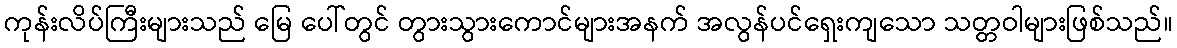
ကုန်းလိပ်ကြီးများသည် မြေ ပေါ်တွင် တွားသွားကောင်များအနက် အလွန်ပင်ရှေးကျသော သတ္တဝါများဖြစ်သည်။